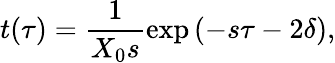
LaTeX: t(\tau)=\frac 1{X_{0}s}\exp{(-s\tau-2\delta)},